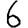
Digit: 6